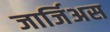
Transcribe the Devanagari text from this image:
जार्जिअस